Annual administration report of the Civil Veterinary Department of India - 1894-1895
Year: 1894
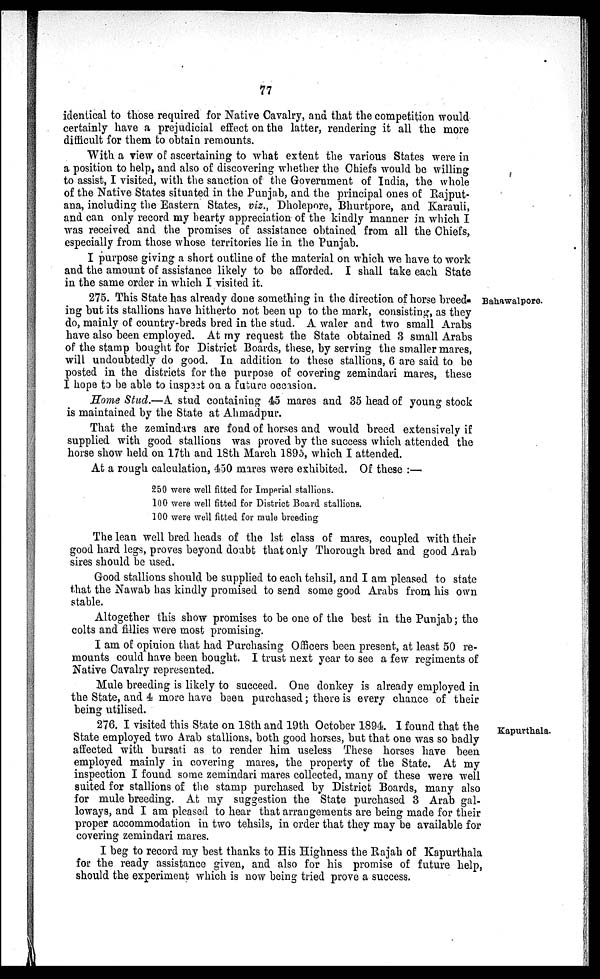
77
identical to those required for Native Cavalry, and that the competition would
certainly have a prejudicial effect on the latter, rendering it all the more
difficult for them to obtain remounts.
With a view of ascertaining to what extent the various States were in
a position to help, and also of discovering whether the Chiefs would be willing
to assist, I visited, with the sanction of the Government of India, the whole
of the Native States situated in the Punjab, and the principal ones of Rajput-
ana, including the Eastern States, viz., Dholepore, Bhurtpore, and Karauli,
and can only record my hearty appreciation of the kindly manner in which I
was received and the promises of assistance obtained from all the Chiefs,
especially from those whose territories lie in the Punjab.
I purpose giving a short outline of the material on which we have to work
and the amount of assistance likely to be afforded. I shall take each State
in the same order in which I visited it.
Bahawalpore.
275. This State has already done something in the direction of horse breed-
ing but its stallions have hitherto not been up to the mark, consisting, as they
do, mainly of country-breds bred in the stud. A waler and two small Arabs
have also been employed. At my request the State obtained 3 small Arabs
of the stamp bought for District Boards, these, by serving the smaller mares,
will undoubtedly do good. In addition to these stallions, 6 are said to be
posted in the districts for the purpose of covering zemindari mares, these
I hope to be able to inspect on a future occasion.
Home Stud.—A. stud containing 45 mares and 35 head of young stock
is maintained by the State at Ahmadpur.
That the zemindars are fond of horses and would breed extensively if
supplied with good stallions was proved by the success which attended the
horse show held on 17th and 18th March 1895, which I attended.
At a rough calculation, 450 mares were exhibited. Of these :—
250 were well fitted for Imperial stallions.
100 were well fitted for District Board stallions.
100 were well fitted for mule breeding
The lean well bred heads of the 1st class of mares, coupled with their
good hard legs, proves beyond doubt that only Thorough bred and good Arab
sires should be used.
Good stallions should be supplied to each tehsil, and I am pleased to state
that the Nawab has kindly promised to send some good Arabs from his own
stable.
Altogether this show promises to be one of the best in the Punjab; the
colts and fillies were most promising.
I am of opinion that had Purchasing Officers been present, at least 50 re-
mounts could have been bought. I trust next year to see a few regiments of
Native Cavalry represented.
Mule breeding is likely to succeed. One donkey is already employed in
the State, and 4 more have been purchased; there is every chance of their
being utilised.
Kapurthala.
276. I visited this State on 18th and 19th October 1894. I found that the
State employed two Arab stallions, both good horses, but that one was so badly
affected with bursati as to render him useless These horses have been
employed mainly in covering mares, the property of the State. At my
inspection I found some zemindari mares collected, many of these were well
suited for stallions of the stamp purchased by District Boards, many also
for mule breeding. At my suggestion the State purchased 3 Arab gal-
loways, and I am pleased to hear that arrangements are being made for their
proper accommodation in two tehsils, in order that they may be available for
covering zemindari mares.
I beg to record my best thanks to His Highness the Rajah of Kapurthala
for the ready assistance given, and also for his promise of future help,
should the experiment which is now being tried prove a success.